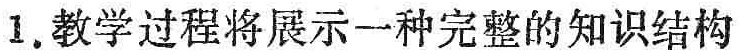
1. 教学过程将展示一种完整的知识结构